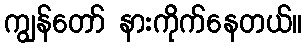
ကျွန်တော် နားကိုက်နေတယ်။